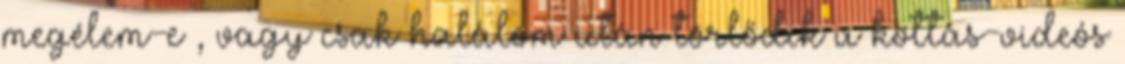
megélem-e , vagy csak halálom után törlődik a kottás-videós